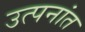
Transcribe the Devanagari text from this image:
उत्पनांत